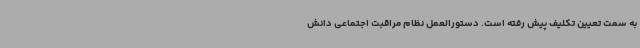
به سمت تعیین تکلیف پیش رفته است. دستورالعمل نظام مراقبت اجتماعی دانش